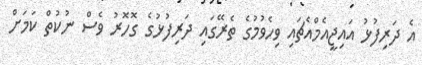
އެ ދަރިފުޅު އައިޖީއެމްއެޗައި ވިހެވުމުގެ ތެރޭގައި ދަރިފުޅުގެ ގޮހޮރު ވެސް ނުކުތް ކަމަށް